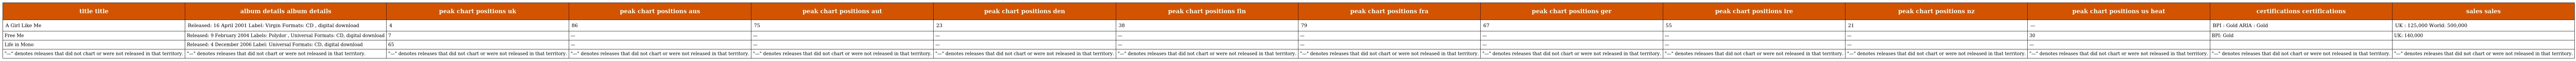
| title title | album details album details | peak chart positions uk | peak chart positions aus | peak chart positions aut | peak chart positions den | peak chart positions fin | peak chart positions fra | peak chart positions ger | peak chart positions ire | peak chart positions nz | peak chart positions us heat | certifications certifications | sales sales |
 | --- | --- | --- | --- | --- | --- | --- | --- | --- | --- | --- | --- | --- | --- |
 | A Girl Like Me | Released: 16 April 2001 Label: Virgin Formats: CD , digital download | 4 | 86 | 75 | 23 | 38 | 79 | 67 | 55 | 21 | — | BPI : Gold ARIA : Gold | UK : 125,000 World: 500,000 |
 | Free Me | Released: 9 February 2004 Labels: Polydor , Universal Formats: CD, digital download | 7 | — | — | — | — | — | — | — | — | 30 | BPI: Gold | UK: 140,000 |
 | Life in Mono | Released: 4 December 2006 Label: Universal Formats: CD, digital download | 65 | — | — | — | — | — | — | — | — | — |  |  |
 | "—" denotes releases that did not chart or were not released in that territory. | "—" denotes releases that did not chart or were not released in that territory. | "—" denotes releases that did not chart or were not released in that territory. | "—" denotes releases that did not chart or were not released in that territory. | "—" denotes releases that did not chart or were not released in that territory. | "—" denotes releases that did not chart or were not released in that territory. | "—" denotes releases that did not chart or were not released in that territory. | "—" denotes releases that did not chart or were not released in that territory. | "—" denotes releases that did not chart or were not released in that territory. | "—" denotes releases that did not chart or were not released in that territory. | "—" denotes releases that did not chart or were not released in that territory. | "—" denotes releases that did not chart or were not released in that territory. | "—" denotes releases that did not chart or were not released in that territory. | "—" denotes releases that did not chart or were not released in that territory. |